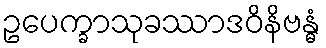
ဥပေက္ခာသုခဿာဒဝိနိဗန္ဓံ